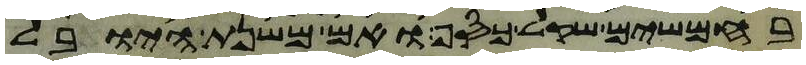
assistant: בחמשים שקל כסף ואם משנת היובל